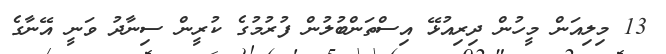
13 މިލިއަން މީހުން ދިރިއުޅޭ އިސްތަންބުލުން ފުރުމުގެ ކުރީން ސިނާދު ވަނީ އޭނާގެ